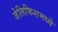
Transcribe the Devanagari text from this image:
जेलिफिशमध्ये